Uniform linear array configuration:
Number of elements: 16
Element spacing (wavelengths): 1
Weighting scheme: hann
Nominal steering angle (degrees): -15
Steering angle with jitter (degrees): -16.364
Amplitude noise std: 0.05
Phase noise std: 0.05

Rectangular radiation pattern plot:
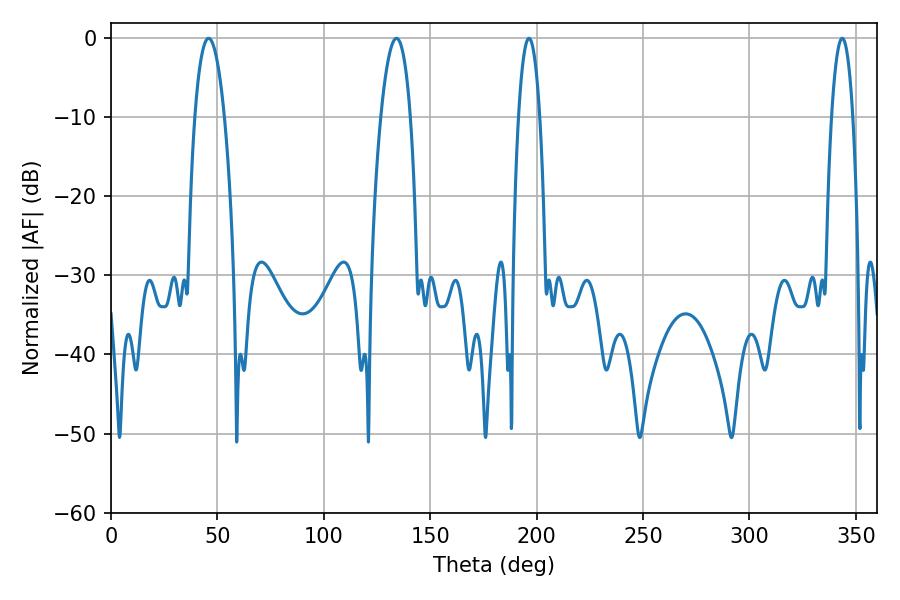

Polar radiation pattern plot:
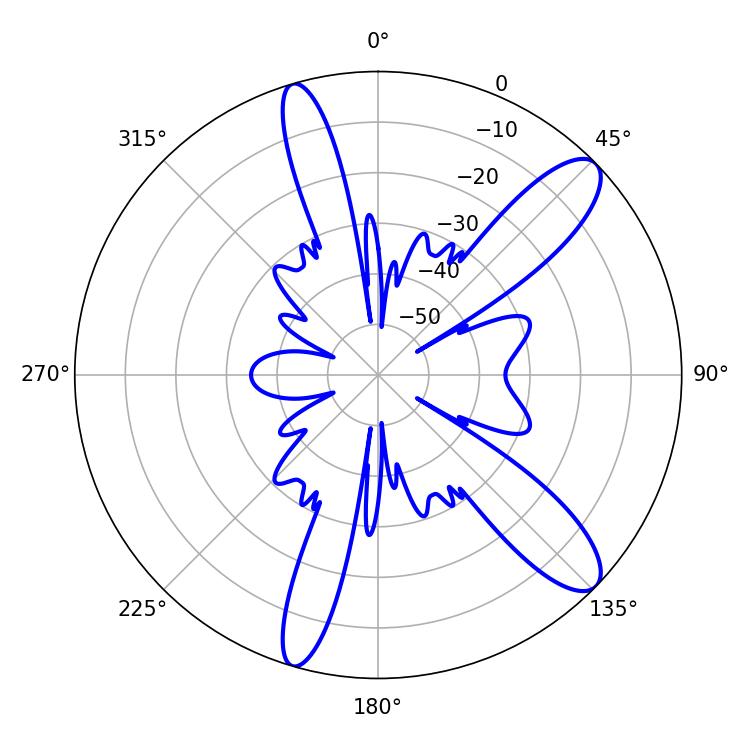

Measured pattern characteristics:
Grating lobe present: TRUE
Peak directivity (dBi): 11.271
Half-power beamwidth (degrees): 5.58
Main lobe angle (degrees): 196.38